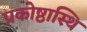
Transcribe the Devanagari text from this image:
प्रकोष्ठास्थि